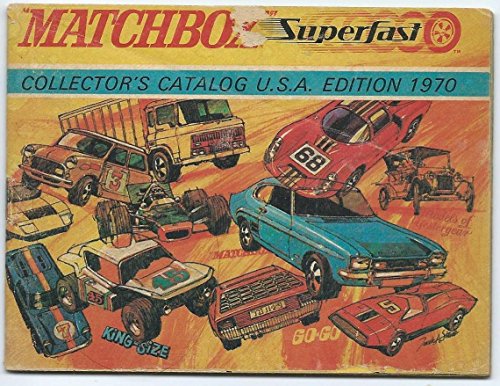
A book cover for Matchbox Superfast Collector's Catalog USA Edition 1970; Lesney; Crafts, Hobbies & Home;